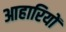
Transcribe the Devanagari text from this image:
आहारियों